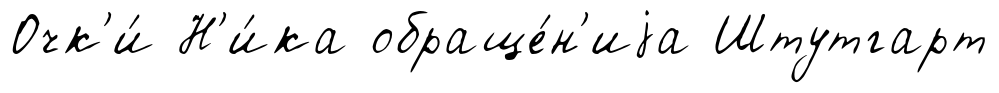
Очк'и́ Н'и́ка обраще́н'иjа Штутгарт